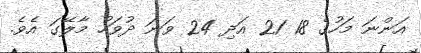
އަންނަ މަހުގެ 18 21 އަދި 24 ވަނަ ދުވަހު މާލޭގަ އެވެ.